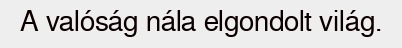
A valóság nála elgondolt világ.